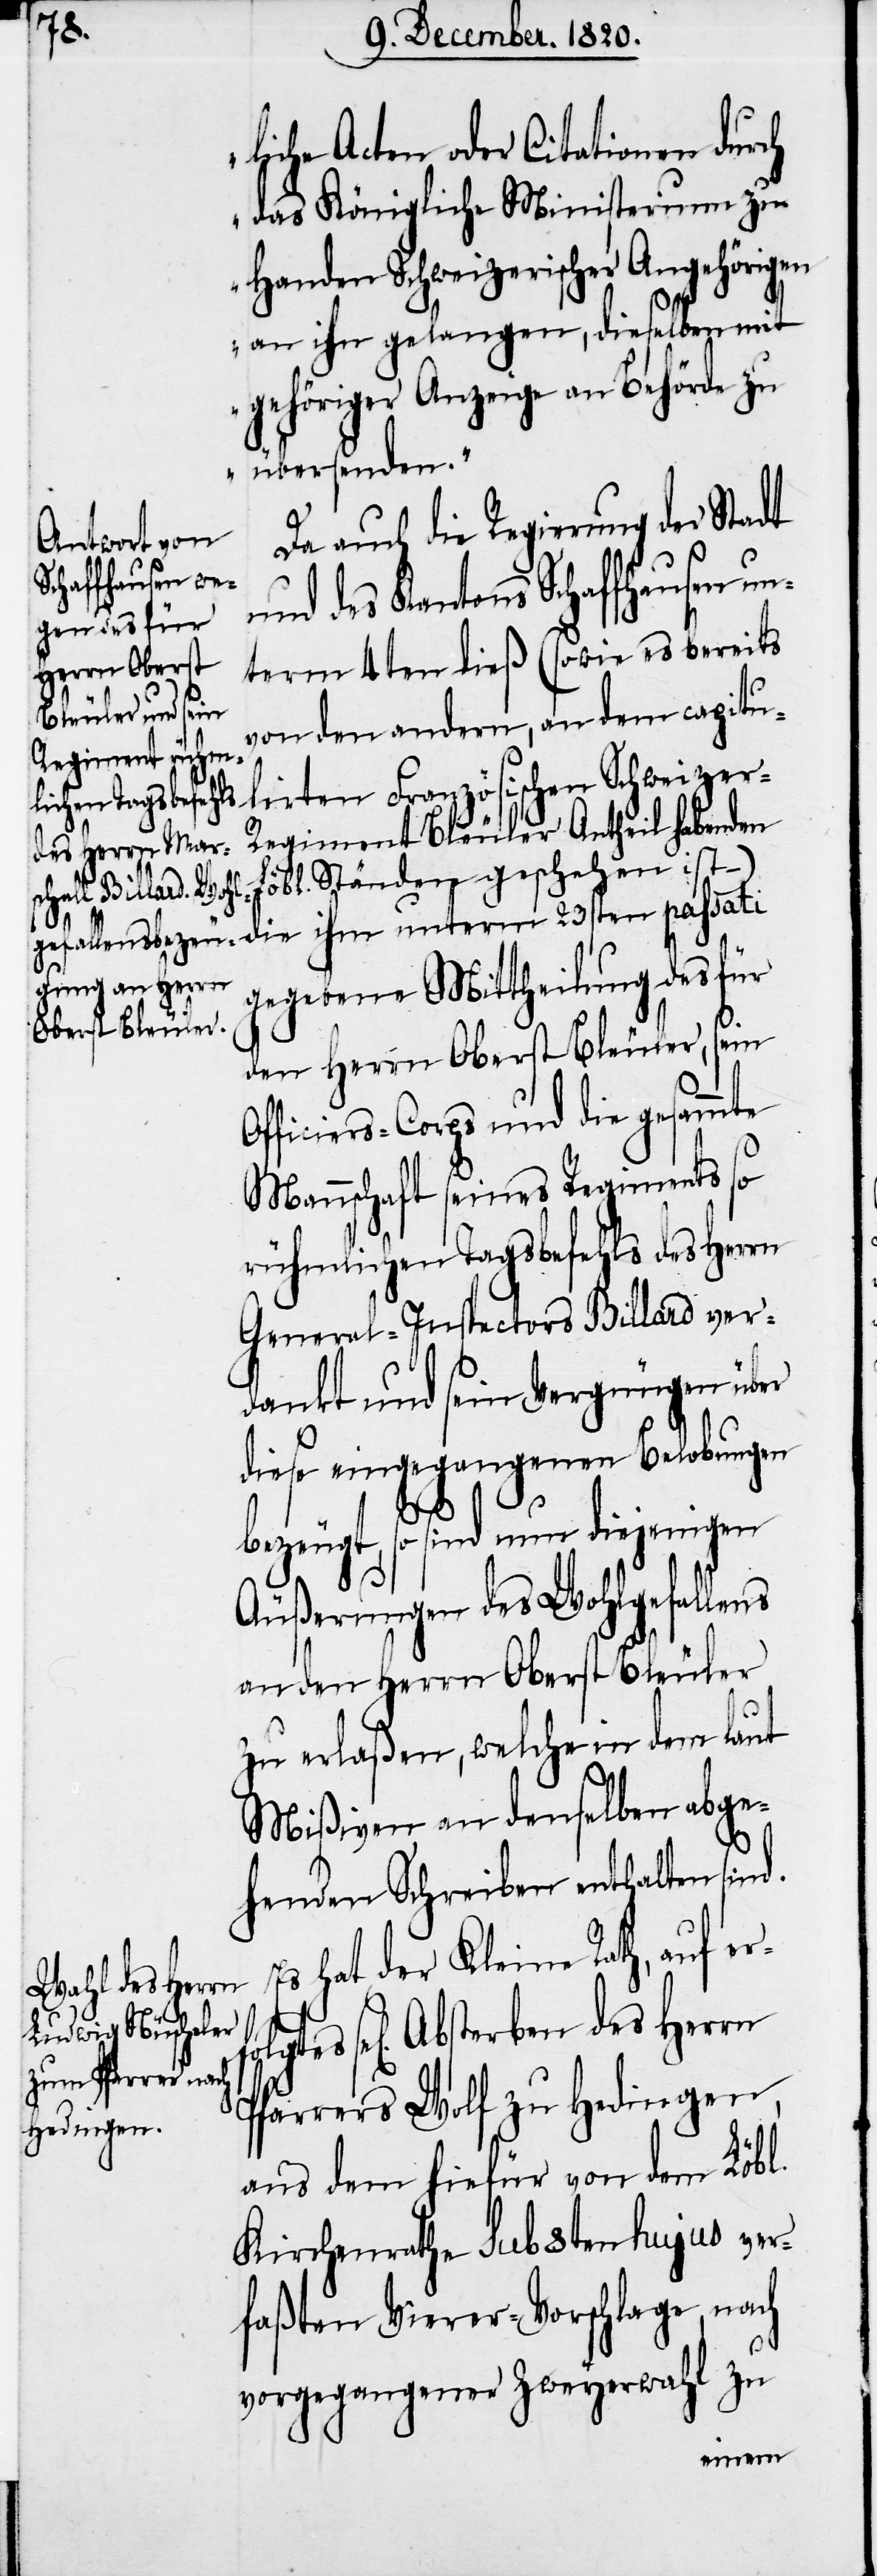
liche Acten oder Citationen durch
das Königliche Ministerium zu
Handen Schweizerischer Angehörigen
an ihn gelangen, dieselben mit
gehöriger Anzeige an Behörde zu
übersenden.“
Da auch die Regierung der Stadt
und des Kantons Schaffhausen u¬
nterm 4ten dieß (sowie es bereits
von den andern, an dem capitu¬
lirten Französischen Schweizer-R¬
egiment Bleuler Antheil habenden
Löbl. Ständen geschehen ist –)
die ihm unterm 23sten passati
gegebene Mittheilung des für
den Herrn Oberst Bleuler, sein
Officiers-Corps und die gesammte
Mannschaft seines Regiments so
rühmlichen Tagsbefehls des Herrn
General-Inspectors Billard ver¬
dankt und sein Vergnügen über
diese eingegangenen Belobungen
gtes
bezeugt, so sind nun diejenigen
Äußerungen des Wohlgefallens
an den Herrn Oberst Bleuler
zu erlaßen, welche in dem laut
Mißiven an denselben abge¬
henden Schreiben enthalten sind.
Es hat der Kleine Rath, auf er¬
sel[igen] Absterben des Herrn
Pfarrers Wolf zu Hedingen,
aus dem hiefür von dem Löbl.
Kirchenrathe sub 8ten hujus ver¬
faßten Vierer-Vorschlage, nach
vorgegangener Zweyerwahl zu